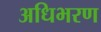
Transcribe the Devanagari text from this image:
अधिभरण